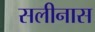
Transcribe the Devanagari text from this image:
सलीनास